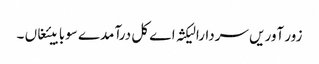
زور آوریں سردارا لیکثہ اے کل درآمدے سوبابیئغاں ۔